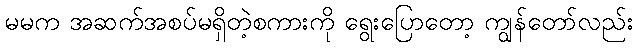
မမက အဆက်အစပ်မရှိတဲ့စကားကို ရွေးပြောတော့ ကျွန်တော်လည်း